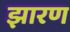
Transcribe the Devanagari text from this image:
झारण